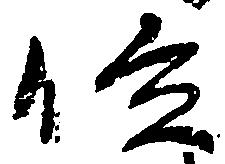
位